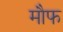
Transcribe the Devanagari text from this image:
मौफ